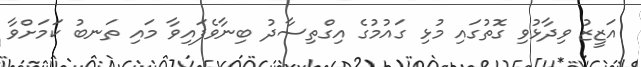
އަޒީޒު ވިދާޅުވި ގޮތުގައި މުޅި ގައުމުގެ އިގްތިސާދު ބިނާވެފައިވާ މައި ތަނބު ކަމަށްވާ